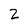
Character: 2